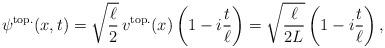
LaTeX: \begin{align*}\psi^{\rm top.}(x,t) = \sqrt{\frac{\ell}{2}}\, v^{\rm top.}(x)\left(1 - i \frac{t}{\ell}\right)= \sqrt{\frac{\ell}{2L}}\left(1 - i \frac{t}{\ell}\right),\end{align*}